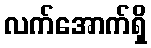
လက်အောက်ရှိ